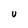
Character: U